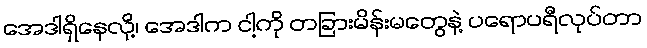
အေဒါရှိနေလို့၊ အေဒါက ငါ့ကို တခြားမိန်းမတွေနဲ့ ပရောပရီလုပ်တာ